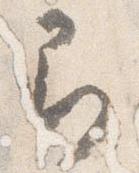
即